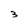
Character: 3